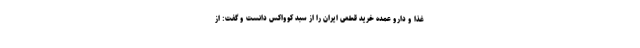
غذا و دارو عمده خرید قطعی ایران را از سبد کوواکس دانست و گفت: از